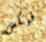
فيكس